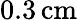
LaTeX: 0.3\, \mathrm{cm}